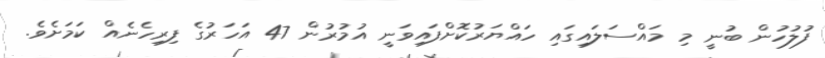
ފުލުހުން ބުނީ މި މައްސަލައިގައި ހައްޔަރުކޮށްފައިވަނީ އުމުރުން 47 އަހަރުގެ ފިރިހެނެއް ކަމަށެވެ.